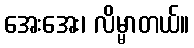
အေးအေး၊ လိမ္မာတယ်။